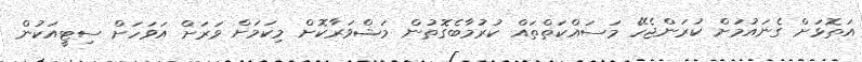
އަތޮޅަށް ގެނައުމަށް ކުރަންޖެހޭ މަސައްކަތްތައް ކުރުމާބެގޮތުން މަޝްވަރާކޮށް މިކަމަށް ވަރަށް އަވަހަށް ސިޓީއަކުން